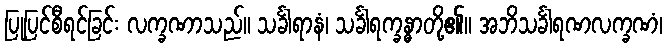
ပြုပြင်စီရင်ခြင်း လက္ခဏာသည်။ သင်္ခါရာနံ၊ သင်္ခါရက္ခန္ဓာတို့၏။ အဘိသင်္ခါရဏလက္ခဏံ၊